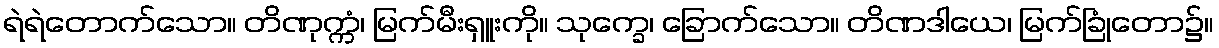
ရဲရဲတောက်သော။ တိဏုက္ကံ၊ မြက်မီးရှူးကို။ သုက္ခေ၊ ခြောက်သော။ တိဏဒါယေ၊ မြက်ခြုံတော၌။